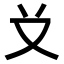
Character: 𠬠